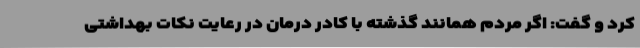
کرد و گفت: اگر مردم همانند گذشته با کادر درمان در رعایت نکات بهداشتی